Report on inoculation in the plague infected areas of the Punjab and its dependencies from October 1900 to September 1901
Year: 1900
Disease focus: Plague
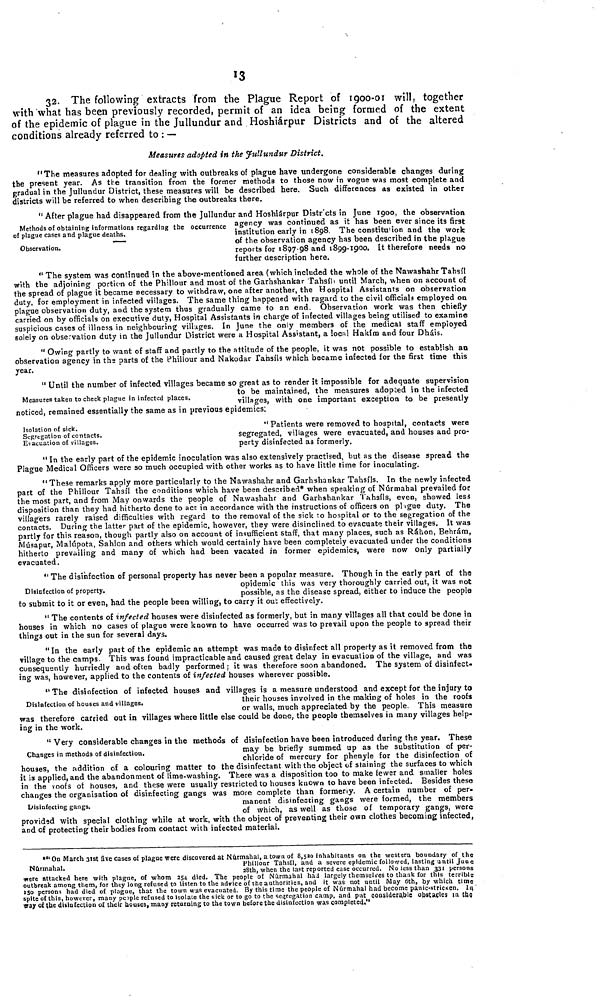
13
32. The following extracts from the Plague Report of 1900-01 will, together
with what has been previously recorded, permit of an idea being formed of the extent
of the epidemic of plague in the Jullundur and Hoshiárpur Districts and of the altered
conditions already referred to : —
Measures adopted in the Jullundur District.
"The measures adopted for dealing with outbreaks of plague have undergone considerable changes during
the present year. As the transition from the former methods to those now in vogue was most complete and
gradual in the Jullundur District, these measures will be described here. Such differences as existed in other
districts will be referred to when describing the outbreaks there.
Methods of obtaining informations regarding the occurrence
of plague cases and plague deaths.
Observation.
" After plague had disappeared from the Jullundur and Hoshiárpur Districts in June 1900, the observation
agency was continued as it has been ever since its first
institution early in 1898 The constitution and the work
of the observation agency has been described in the plague
reports for 1897 98 and 1899-1900. It therefore needs no
further description here.
" The system was continued in the above-mentioned area (which included the whole of the NawashahrTahsíl
with the adjoining portion of the Phillour and most of the Garhshankar Tahsíll until March, when on account of
the spread of plague it became necessary to withdraw, one after another, the Hospital Assistants on observation
duty, for employment in infected villages. The same thing happened with ragard to the civil officials employed on
plague observation duty, and the system thus gradually came to an end Observation work was then chiefly
carried on by officials on executive duty, Hospital Assistants in charge of infected villages being utilised to examine
suspicious cases of illness in neighbouring villages. In June the only members of the medical staff employed
solely on obse vation duty in the Jullundur District were a Hospital Assistant, a local Hakím and four Dháis.
" Owing partly to want of staff and partly to the attitude of the people, it was not possible to establish an
observation agency in the parts of the Phillour and Nakodar fansíls which became infected for the first time this
year.
Measures taken to check plague in infected places.
" Until the number of infected villages became so great as to render it impossible for adequate supervision
to be maintained, the measures adopted in the infected
villages, with one important exception to be presently
noticed, remained essentially the same as in previous epidemics.
Isolation of sick.
Segregation of contacts.
Evacuation of villages.
" Patients were removed to hospital, contacts were
segregated, villages were evacuated, and houses and pro-
perty disinfected as formerly.
" In the early part of the epidemic inoculation was also extensively practised, but as the disease spread the
Plague Medical Officers were so much occupied with other works as to have little time for inoculating.
" These remarks apply more particularly to the Nawashahr and Garhshankar Tahsíls. In the newly infected
part of the Phillour Tahsíl the conditions which have been described* when speaking of Núrmahal prevailed for
the most part, and from May onwards the people of Nawashahr and Garhshankar Tahsíls, even, showed less
disposition than they had hitherto done to act in accordance with the instructions of officers on p\?\gue duty. The
villagers rarely raised difficulties with regard to the removal of the sick to hospital or to the segregation of the
contacts. During the latter part of the epidemic, however, they were disinclined to evacuate their villages. It was
partly for this reason, though partly also on account of insufficient staff, that many places, such as Ráhon, Behrám,
Músapur, Malúpota, Sahlon and others which would certainly have been completely evacuated under the conditions
hitherto prevailing and many of which had been vacated in former epidemics, were now only partially
evacuated.
Disinfection of property.
" The disinfection of personal property has never been a popular measure. Though in the early part of the
opidemic this was very thoroughly carried out, it was not
possible, as the disease spread, either to induce the people
to submit to it or even, had the people been willing, to carry it out effectively.
" The contents of infected houses were disinfected as formerly, but in many villages all that could be done in
houses in which no cases of plague were known to have occurred was to prevail upon the people to spread their
things out in the sun for several days.
" In the early part of the epidemic an attempt was made to disinfect all property as it removed from the
village to the camps This was found impracticable and caused great delay in evacuation of the village, and was
consequently hurriedly and often badly performed; it was therefore soon abandoned. The system of disinfect-
ing was, however, applied to the contents of infected houses wherever possible.
Disinfection of houses and villages.
"The disinfection of infected houses and villages is a measure understood and except for the injury to
their houses involved in the making of holes in the roofs
or walls, much appreciated by the people This measure
was therefore carried out in villages where little else could be done, the people themselves in many villages help-
ing in the work.
Changes in methods of disinfection.
Disinfecting gangs.
" Very considerable changes in the methods of disinfection have been introduced during the year. These
may be briefly summed up as the substitution of per-
chloride of mercury for phenyle for the disinfection of
houses, the addition of a colouring matter to the disinfectant with the object of staining the surfaces to which
it is applied, and the abandonment of lime-washing. There was a disposition too to make fewer and smaller holes
in the voofs of houses, and these were usually restricted to houses known to have been infected. Besides these
changes the organisation of disinfecting gangs was more complete than formerly. A certain number of per-
manent disinfecting gangs were formed, the members
of which, as well as those of temporary gangs, were
provided with special clothing while at work, with the object of preventing their own clothes becoming infected,
and of protecting their bodies from contact with infected material.
Núrmahal.
*"On March 31st five cases of plague were discovered at Núcmahal, a town of 8,520 inhabitants on the western boundary of the
Phillour Tahsíl, and a severe epidemic followed, lasting until June
28th, when the last reported case occurred. No less than 331 persons
were attacked here with plague, of whom 254 died. The people of Núrmahal had largely themselves to thank for this terrible
outbreak among them, for they long refused to listen to the advice of the authorities, and it was not until May 6th, by which time
150 persons had died of plague, that the town was evacuated. By this time the people of Núrmahal had become panic-stricken. In
spite of this, however, many people refused to Isolate the sick or to go to the segregation camp, and put considerable obstacles in the
way of the disinfection of their bouses, many returning to the town before the disinfection was completed."